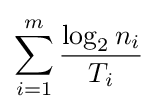
\sum _{i=1}^{m}{\frac {\log _{2}{n_{i}}}{T_{i}}}